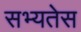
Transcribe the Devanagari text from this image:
सभ्यतेस